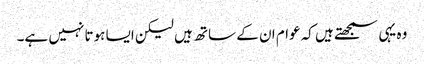
وہ یہی سمجھتے ہیں کہ عوام ان کے ساتھ ہیں لیکن ایسا ہوتا نہیں ہے۔